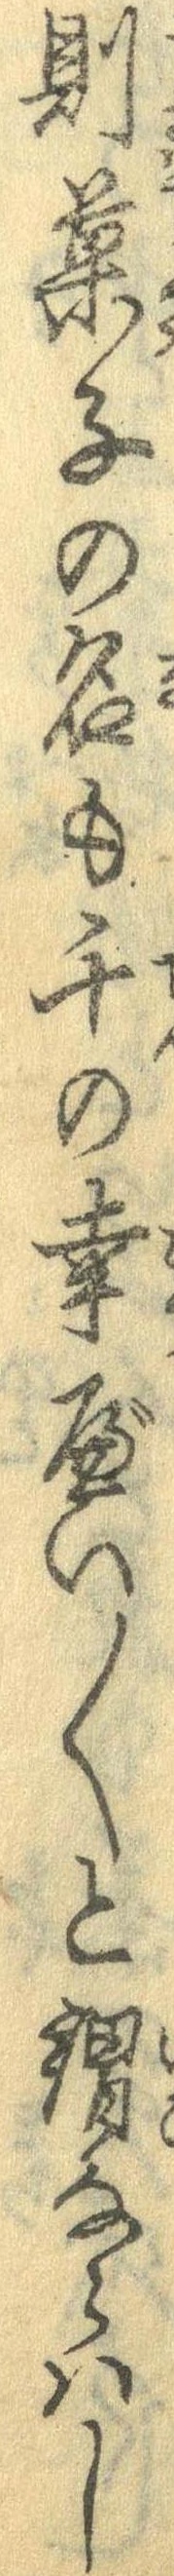
則菓子の名も千の幸べい〱と謂ならはし